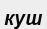
куш